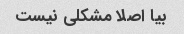
بیا اصلا مشکلی نیست